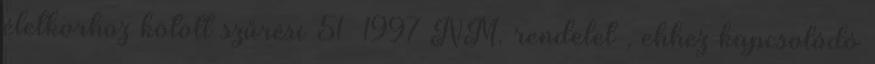
életkorhoz kötött szűrési 51 1997 NM. rendelet , ehhez kapcsolódó